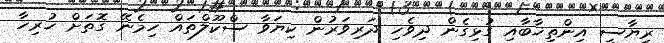
ރިޔާސީ އިންތިޚާބާއި ގުޅިގެން ދިވެހި ދަރިވަރުން ކިޔަވާ ސްކޫލްތައް ހިމެނޭ ގޮތަށް ހުރިހާ